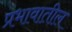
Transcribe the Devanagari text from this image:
प्रभावातील